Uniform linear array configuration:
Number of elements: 64
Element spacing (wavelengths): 0.75
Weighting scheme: blackman
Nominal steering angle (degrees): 0
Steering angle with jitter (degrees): -0.7375
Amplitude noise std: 0.05
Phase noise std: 0.05

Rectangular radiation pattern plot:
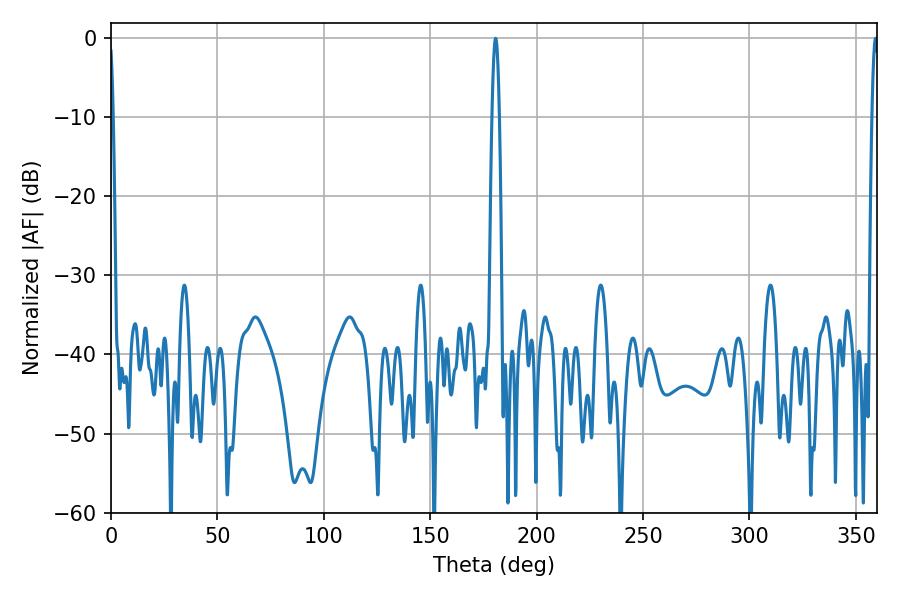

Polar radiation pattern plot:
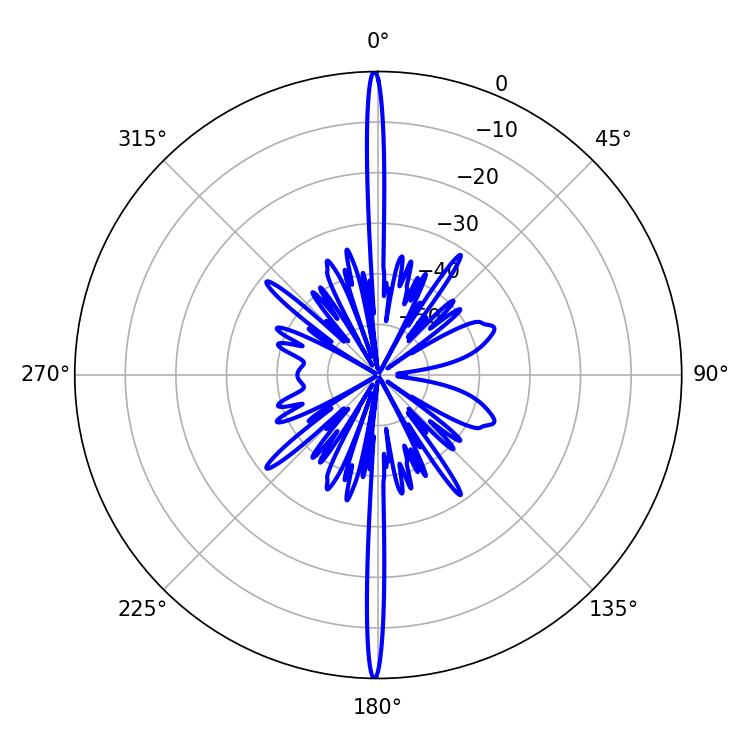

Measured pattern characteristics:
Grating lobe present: TRUE
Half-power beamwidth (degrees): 1.8
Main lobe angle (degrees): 180.72